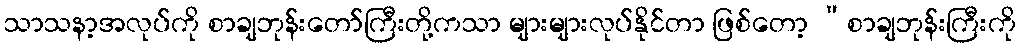
သာသနာ့အလုပ်ကို စာချဘုန်းတော်ကြီးတို့ကသာ များများလုပ်နိုင်တာ ဖြစ်တော့ “စာချဘုန်းကြီးကို